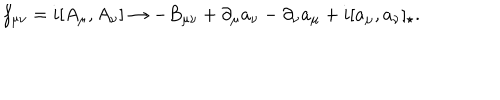
f _ { \mu \nu } = i [ A _ { \mu } , A _ { \nu } ] \rightarrow - B _ { \mu \nu } + \partial _ { \mu } a _ { \nu } - \partial _ { \nu } a _ { \mu } + i [ a _ { \mu } , a _ { \nu } ] _ { \star } .